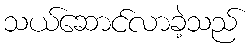
သယ်ဆောင်လာခဲ့သည်